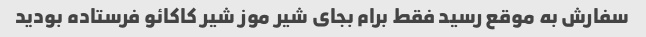
سفارش به موقع رسید فقط برام بجای شیر موز شیر کاکائو فرستاده بودید